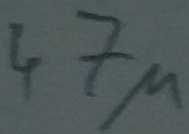
Text: 47µ